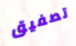
تصفيق